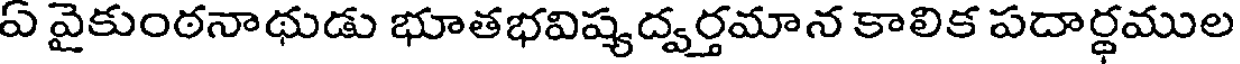
ఏ వైకుంఠనాథుడు భూతభవిష్యద్వర్తమాన కాలిక పదార్థముల